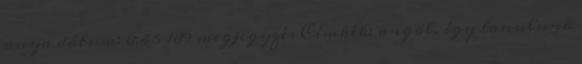
anya dátum: 8:46 189 megjegyzés Címkék: angol, így tanulunk